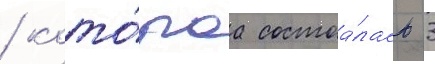
/ кото́раа состоа́лась 3